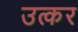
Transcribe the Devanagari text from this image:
उत्कर